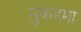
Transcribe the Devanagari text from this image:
मुकदृमा